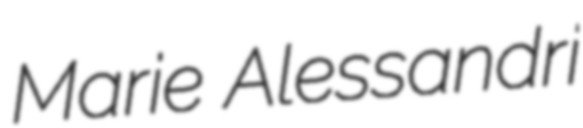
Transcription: Marie Alessandri